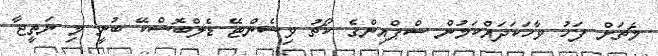
މެޗަށް ފަހު ވާހަކަދައްކަމުން ސްޕްއިންގެ ކޯޗު ވިސެންޓޭ ޑެލްބޮސްކޭ ބުނީ މި ނަތީޖާ